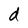
Character: d